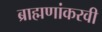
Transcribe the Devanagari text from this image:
ब्राह्मणांकरवी